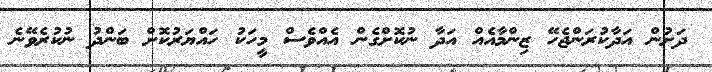
ދަށުން އަދާކުރަންޖެހޭ ޒިންމާއެއް އަދާ ނުކޮށްގެން އެއްވެސް މީހަކު ހައްޔަރުކޮށް ބަންދު ނުކުރެވޭނެ